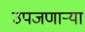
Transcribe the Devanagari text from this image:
उपजणाऱ्या